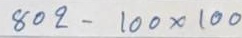
802 - 100 x 100